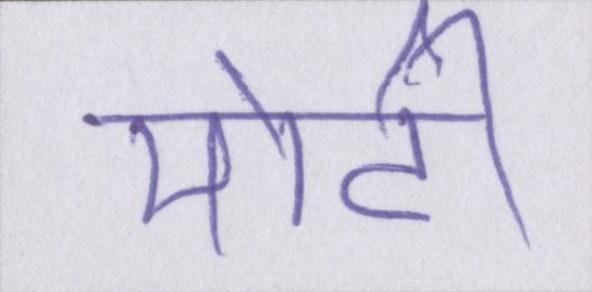
मोटी